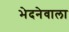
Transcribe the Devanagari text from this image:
भेदनेवाला